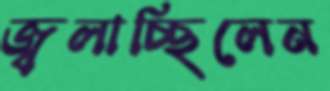
জ্বলাচ্ছিলেন